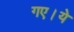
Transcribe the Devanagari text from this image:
गए।ये